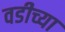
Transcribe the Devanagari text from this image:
वडीच्या